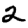
Digit: 2